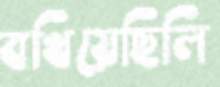
বখিয়েছিলি